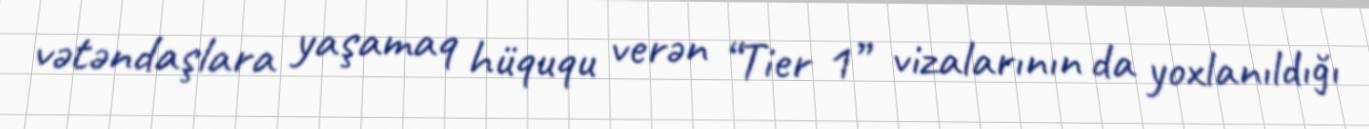
vətəndaşlara yaşamaq hüququ verən “Tier 1” vizalarının da yoxlanıldığı